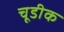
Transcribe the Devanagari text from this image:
चूडीक